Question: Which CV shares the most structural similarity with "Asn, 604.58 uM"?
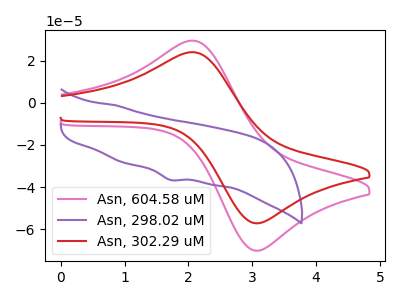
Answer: <think>The pink curve "Asn, 604.58 uM" has an anodic peak at (2.05V, 29.45uA) and a cathodic peak at (3.10V, -70.20uA). The purple curve "Asn, 298.02 uM" has a cathodic peak at: (1.70V, -36.60uA). The red curve "Asn, 302.29 uM" has an anodic peak at (2.05V, 24.00uA) and a cathodic peak at (3.10V, -57.15uA).
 "Asn, 604.58 uM" and "Asn, 298.02 uM" have a different number of peaks. All the peaks in "Asn, 604.58 uM" have a peak in "Asn, 302.29 uM" at the same potential. Every peak in "Asn, 604.58 uM" is higher than every peak in "Asn, 302.29 uM". "Asn, 298.02 uM" and "Asn, 302.29 uM" have a different number of peaks.</think>
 <answer>The CV with the most similar shape to "Asn, 302.29 uM" is "Asn, 604.58 uM".</answer>
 <eval>"Asn, 604.58 uM"</eval>